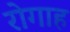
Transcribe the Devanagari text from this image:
रोगाह